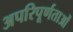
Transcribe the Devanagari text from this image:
अपरिपूर्णताओं